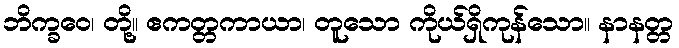
ဘိက္ခဝေ၊ တို့။ ဧကတ္တကာယာ၊ တူသော ကိုယ်ရှိကုန်သော။ နာနတ္တ